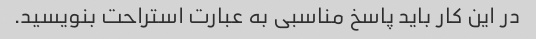
در این کار باید پاسخ مناسبی به عبارت استراحت بنویسید.